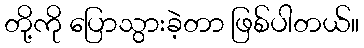
တို့ကို ပြောသွားခဲ့တာ ဖြစ်ပါတယ်။